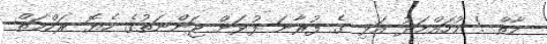
މާތް ! މުހައްމަދު އަޅި ގެ ފުރާނަ ފުޅަށް ޖަންނަތުގެ ހެޔޮ ރަހްމަތް